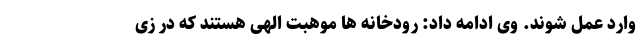
وارد عمل شوند. وی ادامه داد: رودخانه ها موهبت الهی هستند که در زی